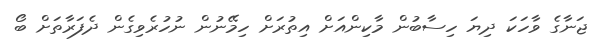
ޖަނާގެ ވާހަކަ ދިޔަ ހިސާބުން މާކިންއަށް އިތުރަށް ހިމޭނުން ނުހުރެވިގެން ދެފަރާތަށް ބޯ